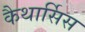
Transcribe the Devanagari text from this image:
कैथार्सिस